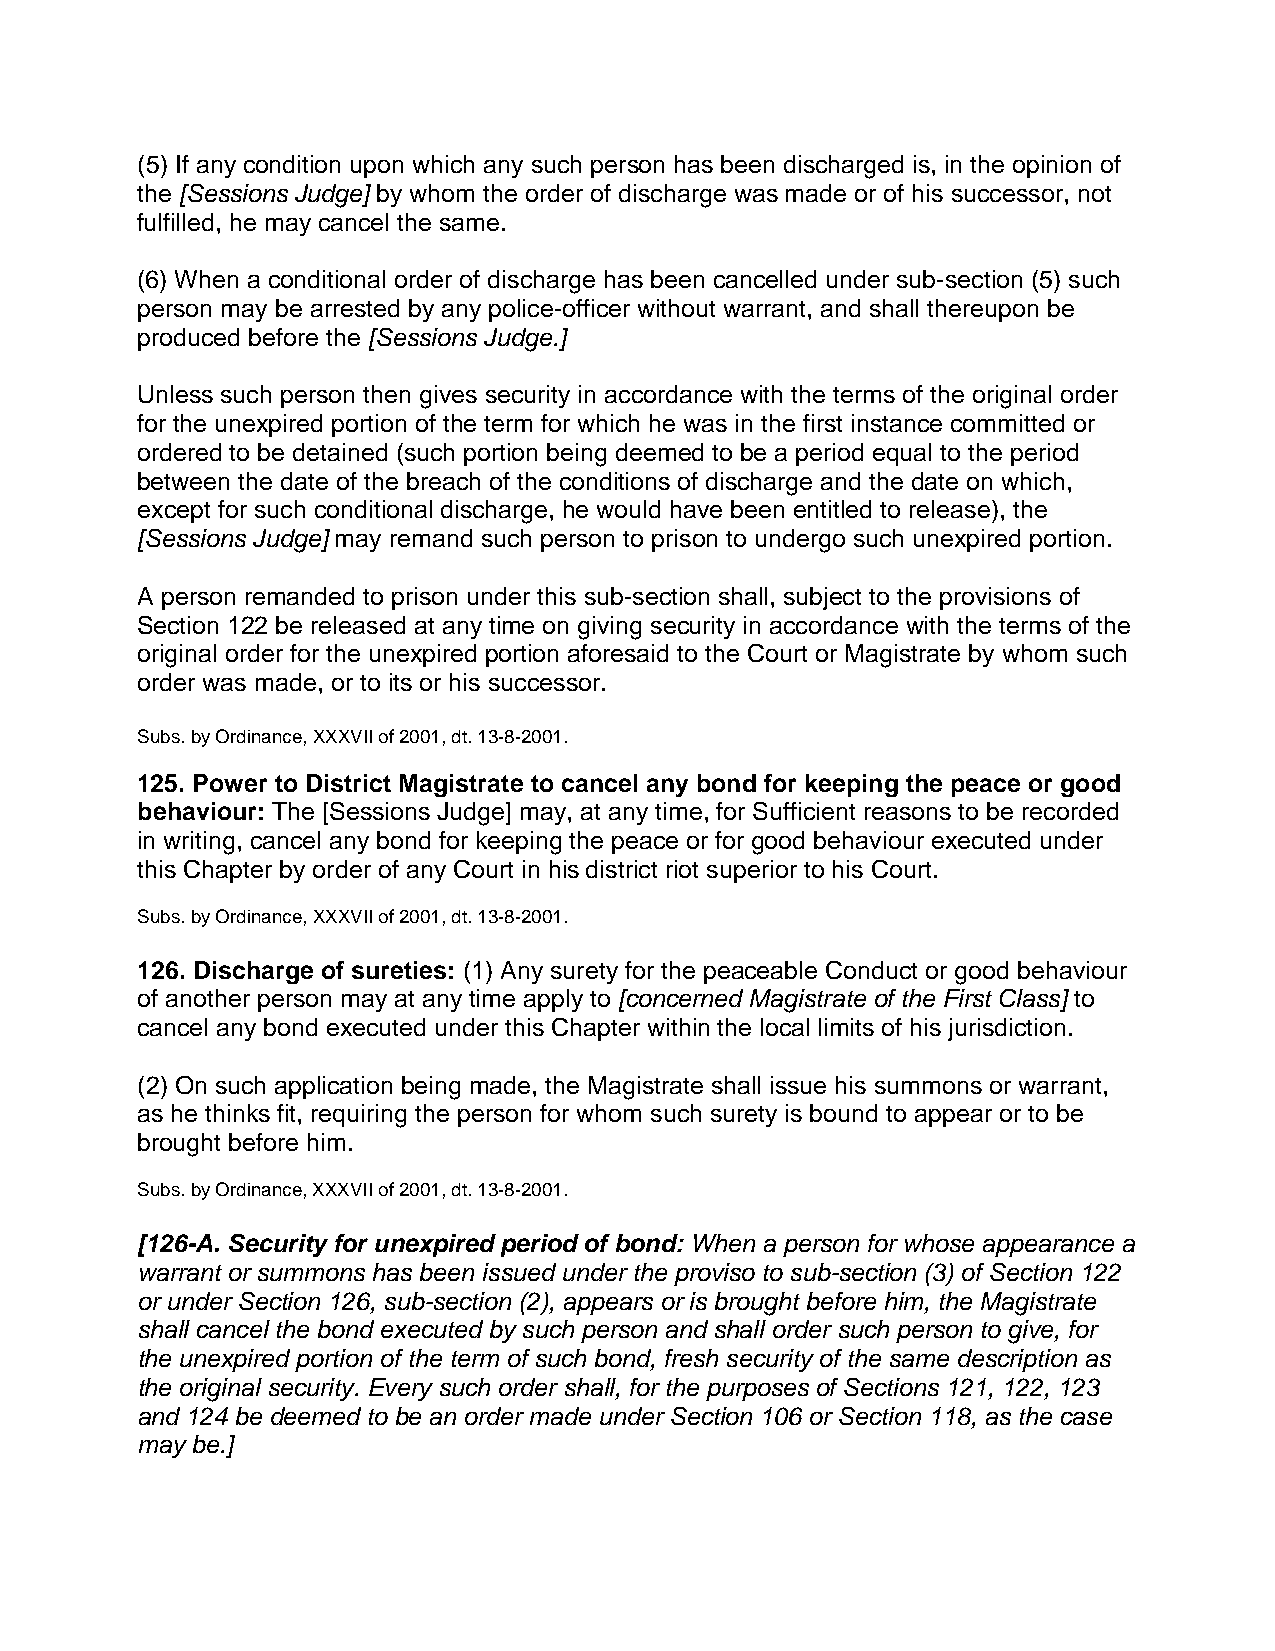
(5) If any condition upon which any such person has been discharged is, in the opinion of
 the [Sessions Judge] by whom the order of discharge was made or of his successor, not
 fulfilled, he may cancel the same.
 (6) When a conditional order of discharge has been cancelled under sub-section (5) such
 person may be arrested by any police-officer without warrant, and shall thereupon be
 produced before the [Sessions Judge.]
 Unless such person then gives security in accordance with the terms of the original order
 for the unexpired portion of the term for which he was in the first instance committed or
 ordered to be detained (such portion being deemed to be a period equal to the period
 between the date of the breach of the conditions of discharge and the date on which,
 except for such conditional discharge, he would have been entitled to release), the
 [Sessions Judge] may remand such person to prison to undergo such unexpired portion.
 A person remanded to prison under this sub-section shall, subject to the provisions of
 Section 122 be released at any time on giving security in accordance with the terms of the
 original order for the unexpired portion aforesaid to the Court or Magistrate by whom such
 order was made, or to its or his successor.
 Subs. by Ordinance, XXXVII of 2001, dt. 13-8-2001.
 125. Power to District Magistrate to cancel any bond for keeping the peace or good
 behaviour: The [Sessions Judge] may, at any time, for Sufficient reasons to be recorded
 in writing, cancel any bond for keeping the peace or for good behaviour executed under
 this Chapter by order of any Court in his district riot superior to his Court.
 Subs. by Ordinance, XXXVII of 2001, dt. 13-8-2001.
 126. Discharge of sureties: (1) Any surety for the peaceable Conduct or good behaviour
 of another person may at any time apply to [concerned Magistrate of the First Class] to
 cancel any bond executed under this Chapter within the local limits of his jurisdiction.
 (2) On such application being made, the Magistrate shall issue his summons or warrant,
 as he thinks fit, requiring the person for whom such surety is bound to appear or to be
 brought before him.
 Subs. by Ordinance, XXXVII of 2001, dt. 13-8-2001.
 [126-A. Security for unexpired period of bond: When a person for whose appearance a
 warrant or summons has been issued under the proviso to sub-section (3) of Section 122
 or under Section 126, sub-section (2), appears or is brought before him, the Magistrate
 shall cancel the bond executed by such person and shall order such person to give, for
 the unexpired portion of the term of such bond, fresh security of the same description as
 the original security. Every such order shall, for the purposes of Sections 121, 122, 123
 and 124 be deemed to be an order made under Section 106 or Section 118, as the case
 may be.]